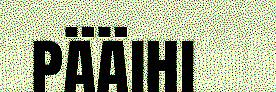
pääihi